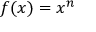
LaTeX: f ( x ) = x ^ { n }